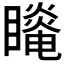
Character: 𰦆